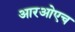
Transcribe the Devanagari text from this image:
आरओएच